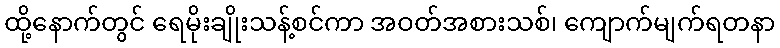
ထို့နောက်တွင် ရေမိုးချိုးသန့်စင်ကာ အဝတ်အစားသစ်၊ ကျောက်မျက်ရတနာ